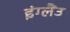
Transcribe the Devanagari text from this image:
इंग्लैंउ